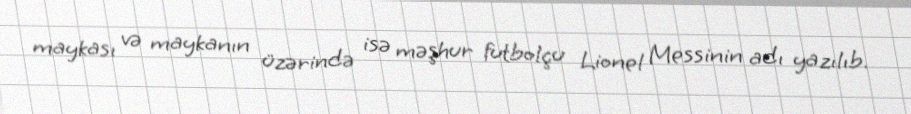
maykası və maykanın üzərində isə məşhur futbolçu Lionel Messinin adı yazılıb.